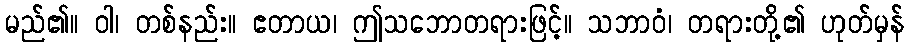
မည်၏။ ဝါ၊ တစ်နည်း။ ဧတာယ၊ ဤသဘောတရားဖြင့်။ သဘာဝံ၊ တရားတို့၏ ဟုတ်မှန်